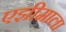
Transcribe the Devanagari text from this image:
एझीमाला